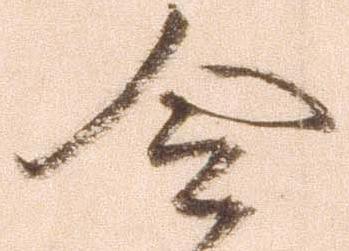
令